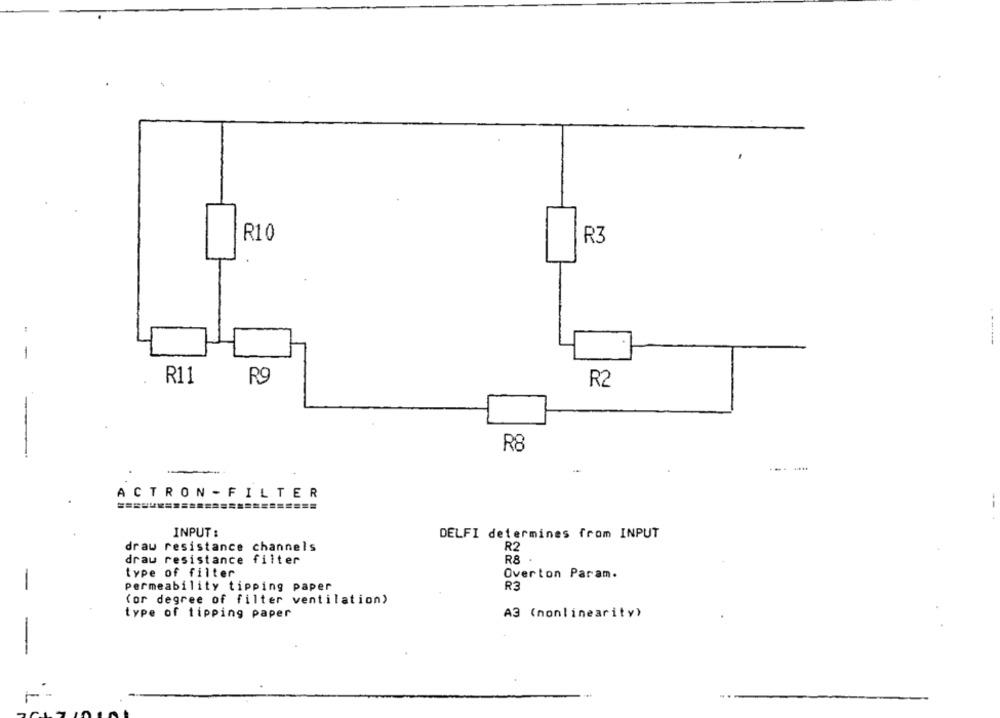
R10
R3
-
R11
R9
R2
R8
----
ACTRON - FILTER
INPUT :
DELFI determines from INPUT
R2
draw resistance channels
drau resistance filter
R8
type of filter
Overton Param.
-
permeability tipping paper
R3
(or degree of filter ventilation)
type of tipping paper
A3 (nonlinearity)